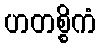
ဟတစ္စိကံ